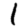
Digit: 1